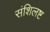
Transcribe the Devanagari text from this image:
संशिलष्ट